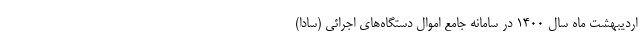
اردیبهشت ماه سال 1400 در سامانه جامع اموال دستگاه‌های اجرائی (سادا)